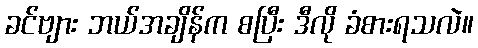
ခင်ဗျား ဘယ်အချိန်က စပြီး ဒီလို ခံစားရသလဲ။